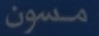
مسون